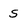
Character: s